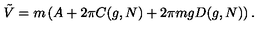
{ \tilde { V } } = m \left( A + 2 \pi C ( g , N ) + 2 \pi m g D ( g , N ) \right) .